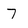
Character: 7